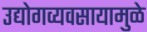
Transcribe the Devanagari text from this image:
उद्योगव्यवसायामुळे